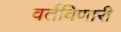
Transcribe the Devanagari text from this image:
वर्तविणारी